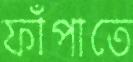
ফাঁপাতে